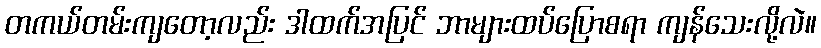
တကယ်တမ်းကျတော့လည်း ဒါထက်အပြင် ဘာများထပ်ပြောစရာ ကျန်သေးလို့လဲ။